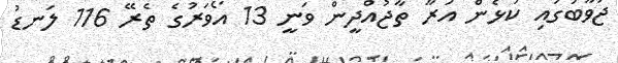
ޖަވާބުގައި ކުޅެން އަރާ ތާޖުއްދީން ވަނީ 13 އޯވަރުގެ ތެރޭ 116 ލަނޑު